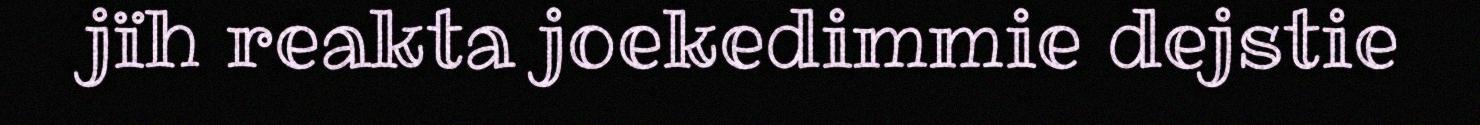
jïh reakta joekedimmie dejstie